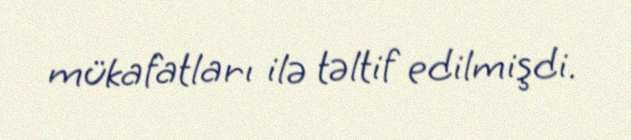
mükafatları ilə təltif edilmişdi.